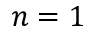
n = 1